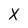
Character: X